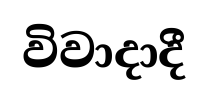
විවාදාදී